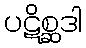
ပဋိစ္ဆဒါ